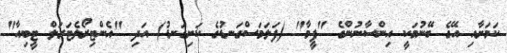
ކަމަށާއި އޭގެ ބޭނުމަކީ އިންސާނުންގެ "ފީމާ" (ފަލަމަސްގަނޑުގެ ކަށިގަނޑު) އަދި "އެންޓިރޯލެޓަރަލް ޓީބިއާ"